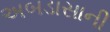
અબડાસાની